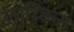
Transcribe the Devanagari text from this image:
लाय्डिन्स